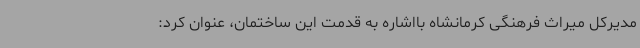
مدیرکل میراث فرهنگی کرمانشاه بااشاره به قدمت این ساختمان، عنوان کرد: